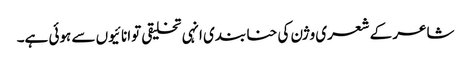
شاعر کے شعری وژن کی حنا بندی انہی تخلیقی توانائیوں سے ہوئی ہے۔